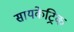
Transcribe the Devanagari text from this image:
सायकेट्रिक